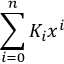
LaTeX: \sum _ { i = 0 } ^ { n } K _ { i } x ^ { i }